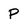
Character: P